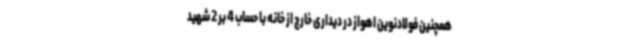
همچنین فولادنوین اهواز در دیداری خارج از خانه با حساب 4 بر 2 شهید